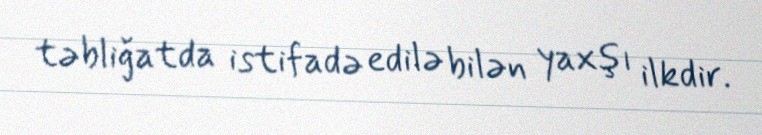
təbliğatda istifadə edilə bilən yaxşı ilkdir.